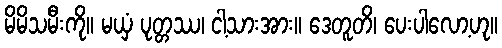
မိမိသမီးကို။ မယှံ ပုတ္တဿ၊ ငါ့သားအား။ ဒေတူတိ၊ ပေးပါလော့ဟု။